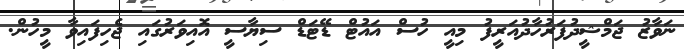
ނަވާޒު ޖަމްޝީދުފަރުހާދުއަރީފު މިއީ ހުސް އައުޓް ޑޭޓަޑް ސިޔާސީ އޮއިވަރުގައި ޖެހިފައިވާ މީހުން.